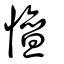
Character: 憻